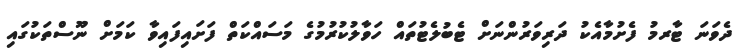
ދެވަނަ ޓާރމު ފެށުމާއެކު ދަރިވަރުންނަށް ޓެބުލެޓުތައް ހަވާލުކުރުމުގެ މަސައްކަތް ފަށައިފައިވާ ކަމަށް ނޫސްތަކުގައި